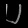
Digit: ၂